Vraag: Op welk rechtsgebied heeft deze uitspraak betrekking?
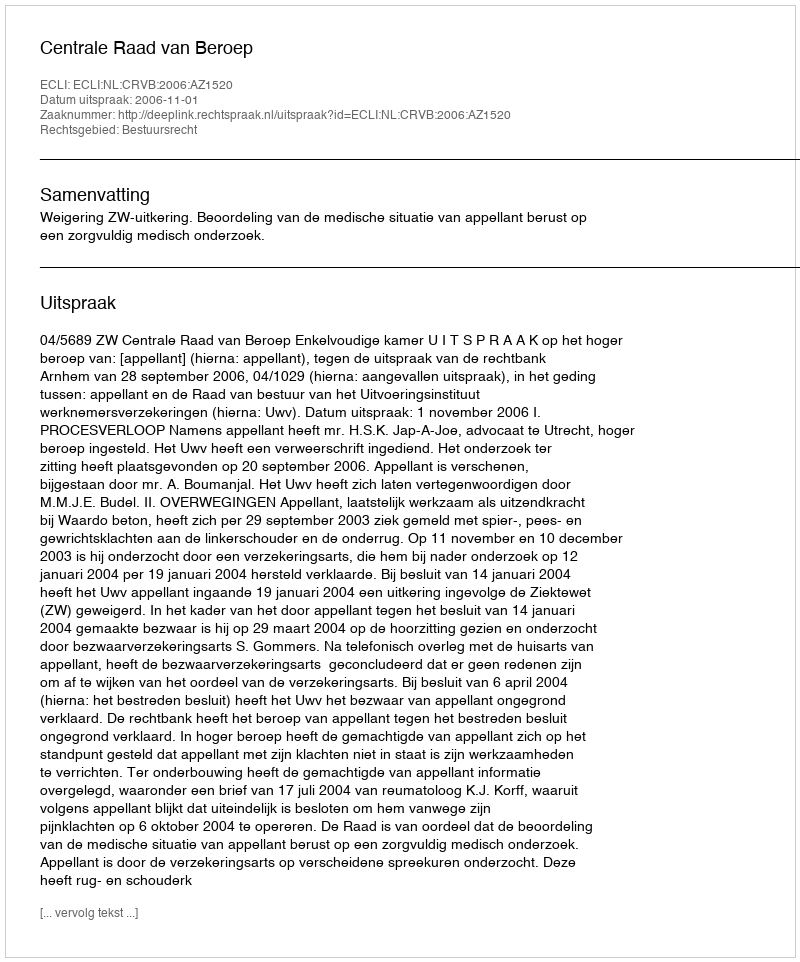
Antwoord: Bestuursrecht